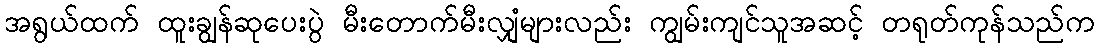
အရွယ်ထက် ထူးချွန်ဆုပေးပွဲ မီးတောက်မီးလျှံများလည်း ကျွမ်းကျင်သူအဆင့် တရုတ်ကုန်သည်က